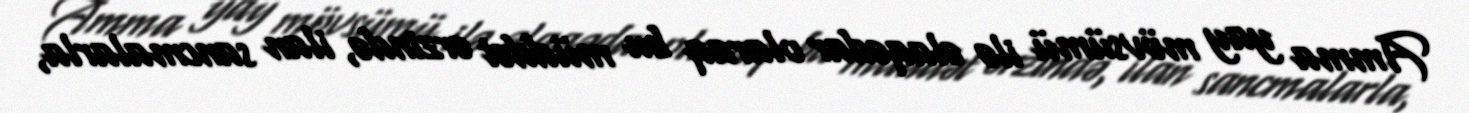
Amma yay mövsümü ilə əlaqədar olaraq bu müddət ərzində, ilan sancmalarla,